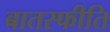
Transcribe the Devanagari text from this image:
बातस्फीति